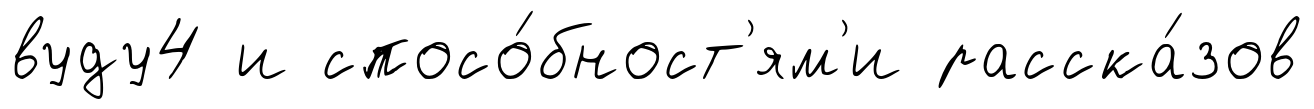
вуду4 и спосо́бност'ям'и расска́зов